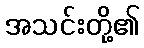
အသင်းတို့၏